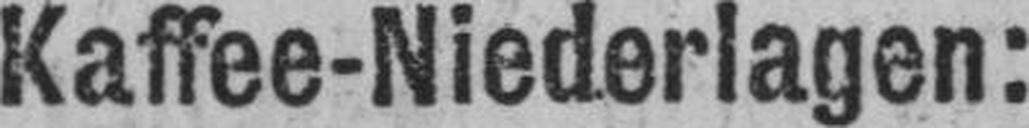
Kaffee-Niederlagen: